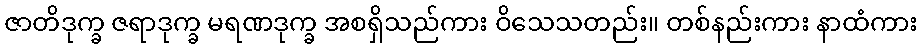
ဇာတိဒုက္ခ ဇရာဒုက္ခ မရဏဒုက္ခ အစရှိသည်ကား ဝိသေသတည်း။ တစ်နည်းကား နာထံကား